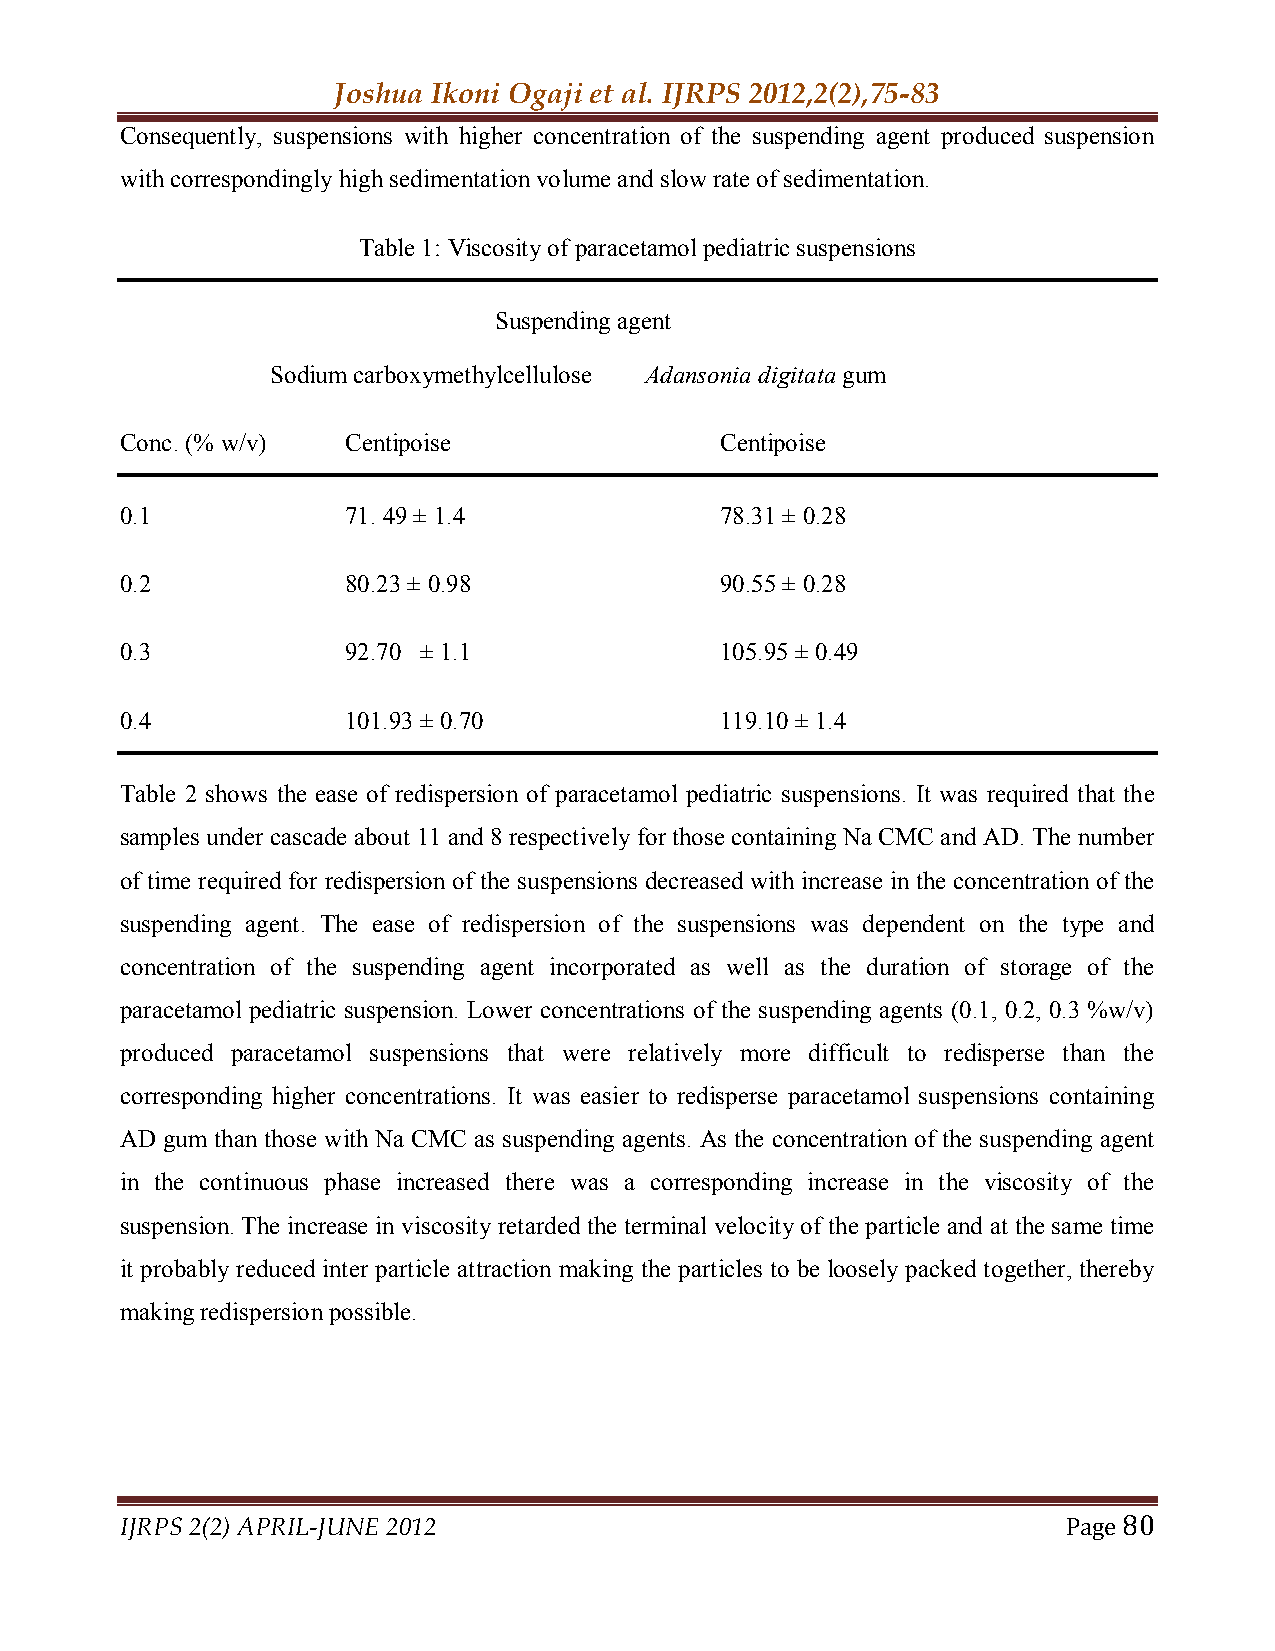
Joshua Ikoni Ogaji et al. IJRPS 2012,2(2),75-83
 Consequently, suspensions with higher concentration of the suspending agent produced suspension
 with correspondingly high sedimentation volume and slow rate of sedimentation.
 Table 1: Viscosity of paracetamol pediatric suspensions
 Suspending agent
 Sodium carboxymethylcellulose Adansonia digitata gum
 Conc. (% w/v)  Centipoise               Centipoise
 0.1            71. 49 ± 1.4             78.31 ± 0.28
 0.2            80.23 ± 0.98             90.55 ± 0.28
 0.3            92.70 ± 1.1              105.95 ± 0.49
 0.4            101.93 ± 0.70            119.10 ± 1.4
 Table 2 shows the ease of redispersion of paracetamol pediatric suspensions. It was required that the
 samples under cascade about 11 and 8 respectively for those containing Na CMC and AD. The number
 of time required for redispersion of the suspensions decreased with increase in the concentration of the
 suspending agent. The ease of redispersion of the suspensions was dependent on the type and
 concentration of the suspending agent incorporated as well as the duration of storage of the
 paracetamol pediatric suspension. Lower concentrations of the suspending agents (0.1, 0.2, 0.3 %w/v)
 produced paracetamol suspensions that were relatively more difficult to redisperse than the
 corresponding higher concentrations. It was easier to redisperse paracetamol suspensions containing
 AD gum than those with Na CMC as suspending agents. As the concentration of the suspending agent
 in the continuous phase increased there was a corresponding increase in the viscosity of the
 suspension. The increase in viscosity retarded the terminal velocity of the particle and at the same time
 it probably reduced inter particle attraction making the particles to be loosely packed together, thereby
 making redispersion possible.
 IJRPS 2(2) APRIL-JUNE 2012                                     Page 80